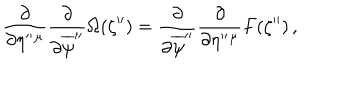
LaTeX: \frac { \partial } { \partial \eta ^ { \prime \prime } { } ^ { \mu } } \frac { \partial } { \partial \overline { { { \psi } } } ^ { \prime \prime } } \Omega ( \zeta ^ { \prime \prime } ) = \frac { \partial } { \partial \overline { { { \psi } } } ^ { \prime \prime } } \frac { \partial } { \partial \eta ^ { \prime \prime } { } ^ { \mu } } F ( \zeta ^ { \prime \prime } ) \, ,